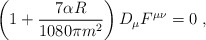
\begin{align*}\left( 1+ \frac{7 \alpha R}{1080 \pi m^2} \right) D_{\mu} F^{\mu\nu}=0\; ,\end{align*}